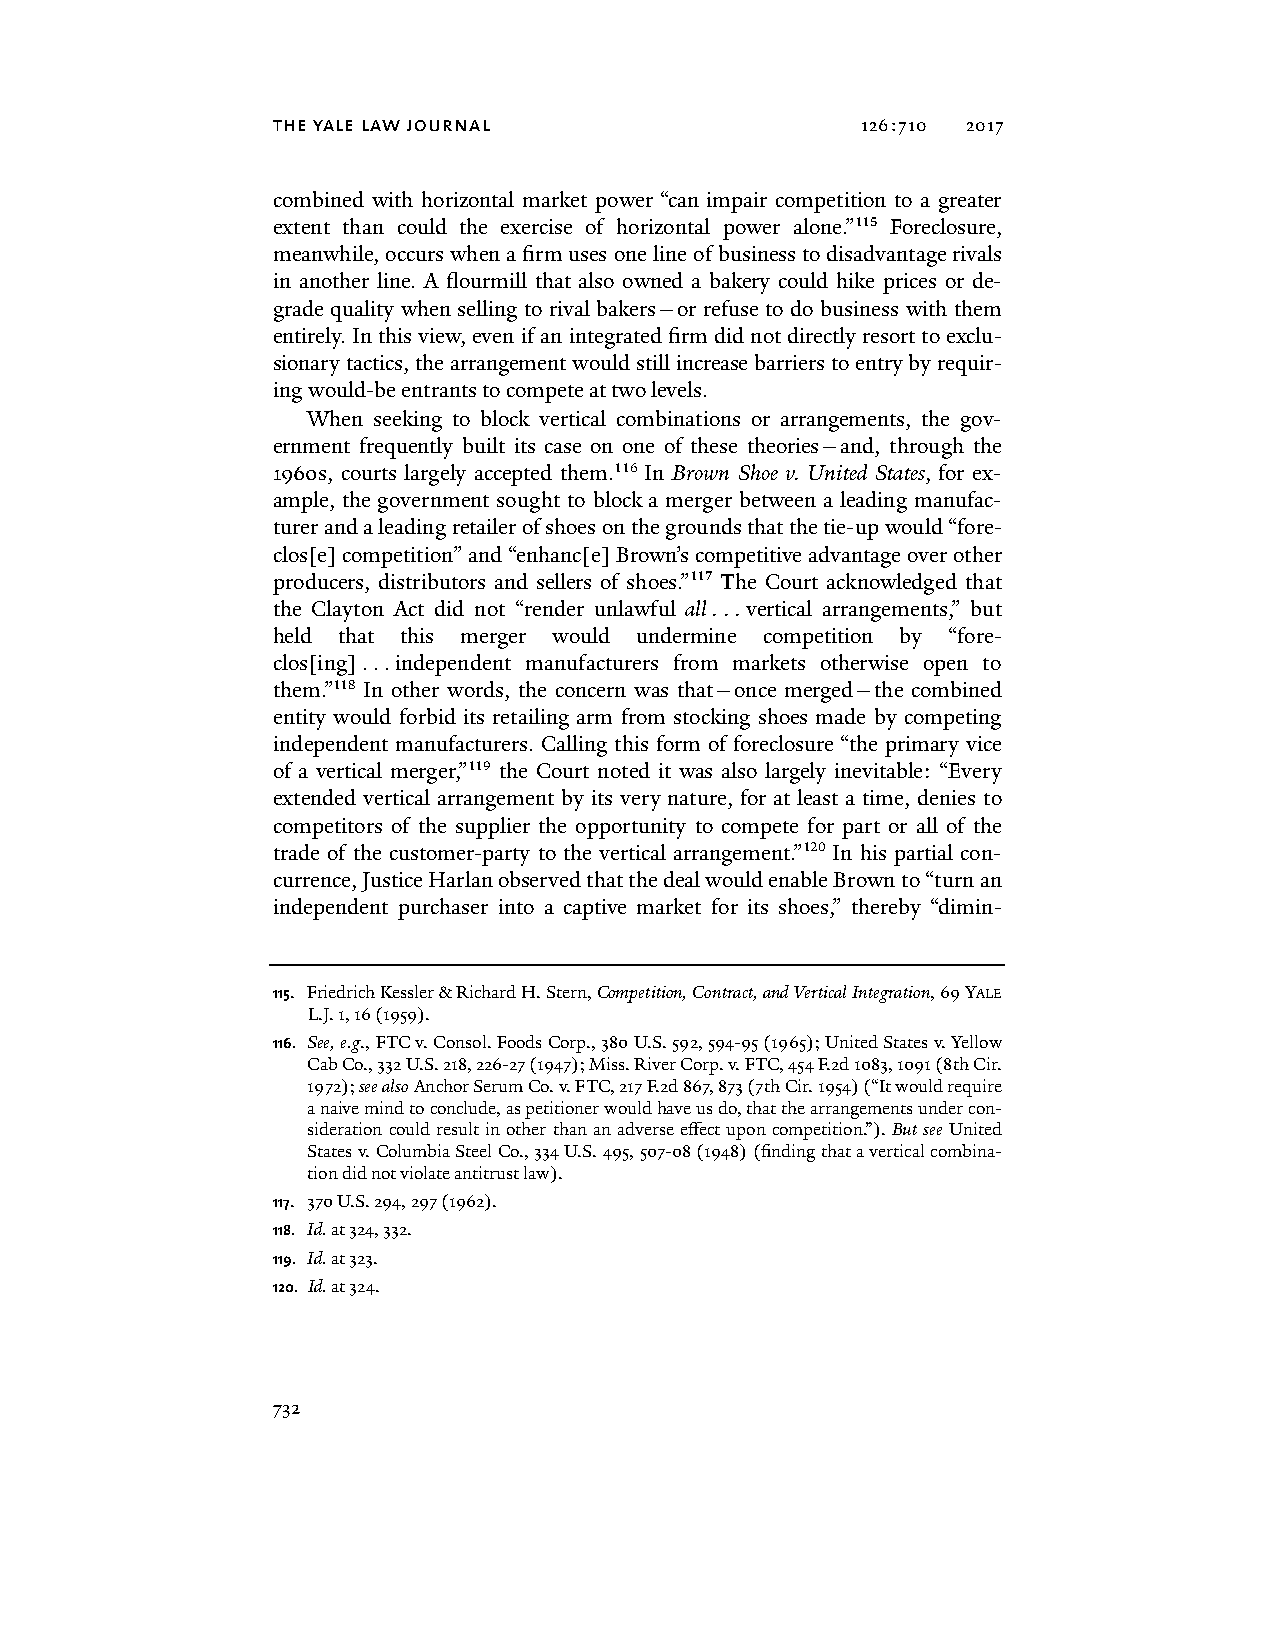
the yale law journal                   126:710 2017
 combined with horizontal market power “can impair competition to a greater
 extent than could the exercise of horizontal power alone.”115 Foreclosure,
 meanwhile, occurs when a firm uses one line of business to disadvantage rivals
 in another line. A flourmill that also owned a bakery could hike prices or de-
 grade quality when selling to rival bakers—or refuse to do business with them
 entirely. In this view, even if an integrated firm did not directly resort to exclu-
 sionary tactics, the arrangement would still increase barriers to entry by requir-
 ing would-be entrants to compete at two levels.
 When seeking to block vertical combinations or arrangements, the gov-
 ernment frequently built its case on one of these theories—and, through the
 1960s, courts largely accepted them.116 In Brown Shoe v. United States, for ex-
 ample, the government sought to block a merger between a leading manufac-
 turer and a leading retailer of shoes on the grounds that the tie-up would “fore-
 clos[e] competition” and “enhanc[e] Brown’s competitive advantage over other
 producers, distributors and sellers of shoes.”117 The Court acknowledged that
 the Clayton Act did not “render unlawful all . . . vertical arrangements,” but
 held that this merger would undermine competition by “fore-
 clos[ing] . . . independent manufacturers from markets otherwise open to
 them.”118 In other words, the concern was that—once merged—the combined
 entity would forbid its retailing arm from stocking shoes made by competing
 independent manufacturers. Calling this form of foreclosure “the primary vice
 of a vertical merger,”119 the Court noted it was also largely inevitable: “Every
 extended vertical arrangement by its very nature, for at least a time, denies to
 competitors of the supplier the opportunity to compete for part or all of the
 trade of the customer-party to the vertical arrangement.”120 In his partial con-
 currence, Justice Harlan observed that the deal would enable Brown to “turn an
 independent purchaser into a captive market for its shoes,” thereby “dimin-
 115. Friedrich Kessler & Richard H. Stern, Competition, Contract, and Vertical Integration, 69 YALE
 L.J. 1, 16 (1959).
 116. See, e.g., FTC v. Consol. Foods Corp., 380 U.S. 592, 594-95 (1965); United States v. Yellow
 Cab Co., 332 U.S. 218, 226-27 (1947); Miss. River Corp. v. FTC, 454 F.2d 1083, 1091 (8th Cir.
 1972); see also Anchor Serum Co. v. FTC, 217 F.2d 867, 873 (7th Cir. 1954) (“It would require
 a naive mind to conclude, as petitioner would have us do, that the arrangements under con-
 sideration could result in other than an adverse effect upon competition.”). But see United
 States v. Columbia Steel Co., 334 U.S. 495, 507-08 (1948) (finding that a vertical combina-
 tion did not violate antitrust law).
 117. 370 U.S. 294, 297 (1962).
 118. Id. at 324, 332.
 119. Id. at 323.
 120. Id. at 324.
 732